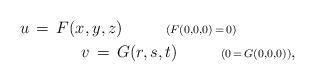
LaTeX: \begin{align*}u\,=\,F(x,y,z)\ \ \ \ \ \ \ \ {\scriptstyle{(F(0,0,0)\,=\,0)}}\ \ \ \ \ \ \ \ \ \ \ \\ \ \ \ \ \ \ \ \ \ \ \ v\,=\,G(r,s,t)\ \ \ \ \ \ \ \ {\scriptstyle{(0\,=\,G(0,0,0))}},\end{align*}